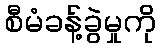
စီမံခန့်ခွဲမှုကို